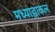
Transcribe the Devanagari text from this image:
मध्याह्नाकल